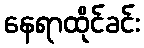
နေရာထိုင်ခင်း